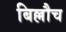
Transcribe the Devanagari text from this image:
बिल्लौच